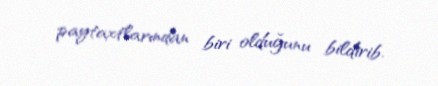
paytaxtlarından biri olduğunu bildirib.